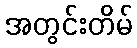
အတွင်းတိမ်